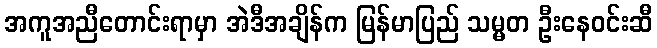
အကူအညီတောင်းရာမှာ အဲဒီအချိန်က မြန်မာပြည် သမ္မတ ဦးနေဝင်းဆီ